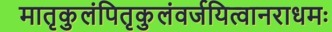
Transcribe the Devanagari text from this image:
मातृकुलंपितृकुलंवर्जयित्वानराधमः